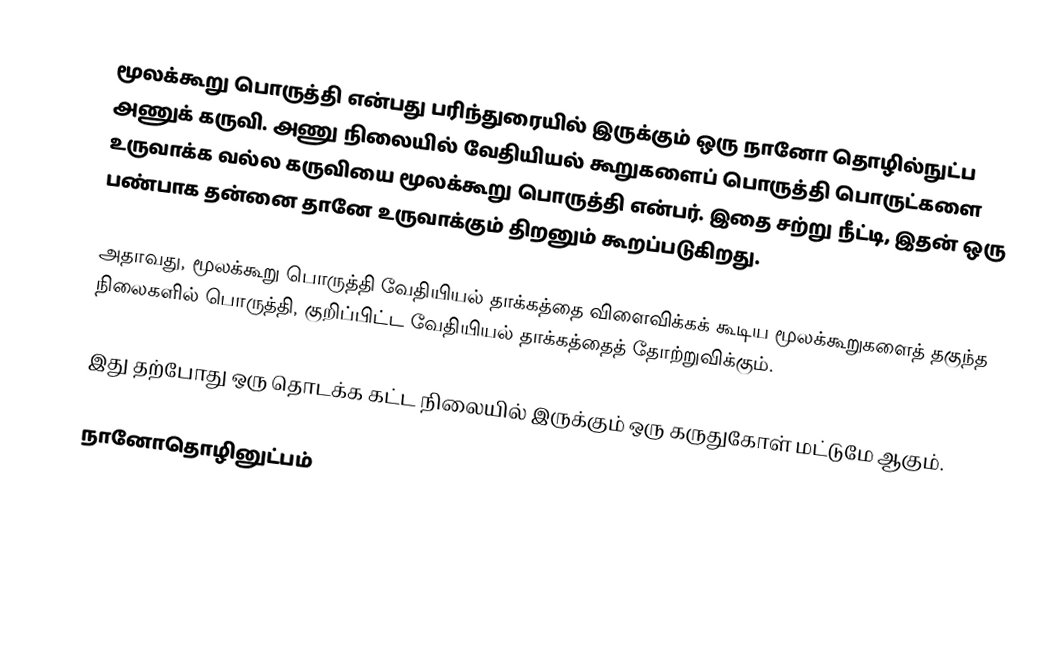
மூலக்கூறு பொருத்தி என்பது பரிந்துரையில் இருக்கும் ஒரு நானோ தொழில்நுட்ப அணுக் கருவி. அணு நிலையில் வேதியியல் கூறுகளைப் பொருத்தி பொருட்களை உருவாக்க வல்ல கருவியை மூலக்கூறு பொருத்தி என்பர். இதை சற்று நீட்டி, இதன் ஒரு பண்பாக தன்னை தானே உருவாக்கும் திறனும் கூறப்படுகிறது.

அதாவது, மூலக்கூறு பொருத்தி வேதியியல் தாக்கத்தை விளைவிக்கக் கூடிய மூலக்கூறுகளைத் தகுந்த நிலைகளில் பொருத்தி, குறிப்பிட்ட வேதியியல் தாக்கத்தைத் தோற்றுவிக்கும்.

இது தற்போது ஒரு தொடக்க கட்ட நிலையில் இருக்கும் ஒரு கருதுகோள் மட்டுமே ஆகும்.

நானோதொழினுட்பம்